Vaccination report Assam 1896-1927 - 1896-1927
Year: 1896
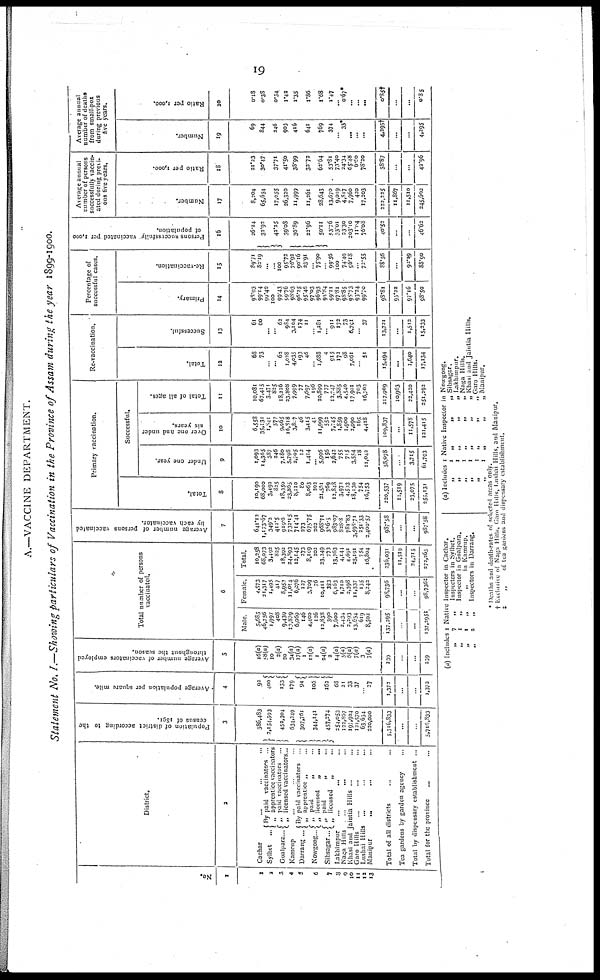
19
A.—VACCINE DEPARTMENT.
Statement No. I.—Showing particulars of Vaccination in the Province of Assam during the year 1899-1900.
No.
1
1
2
3
4 5
6
7
8
9
10
11 12
13
District.
2
Cachar ... ... ...
Sylhet ...
Goalpara ...
By paid vaccinators ..
„ apprentice vaccinators
„ paid vaccinators ...
„ licensed vaccinators...
Kamrup
...
Darrang ...
Nowgong .
Sibsagar...
By paid vaccinators ..
„ apprentice „ ..
„ paid
„ ..
„ licensed
„ ...
„ Paid
„ ...
„ licensed
„ ..
Lakhimpur
...
... ...
Naga Hills ... ... ...
Khasi and Jaintia Hills ... ...
Garo Hills ... ... ...
Lushai Hills ... ... ...
Manipur
... ... ...
Total of all districts ... ...
Tea gardens By garden agency ...
Total by dispensary establishment ...
Total for the province ... ...
Population of district according to the
census of 1891.
3
386,483
2,154,593
452,304
634,249
307,761
344,141
457,274
254,053
122,807
197,904
121,570
63,634
220,000
5,716,833
...
...
5,716,833
Average population per square mile.
4
92
400
153
179
94
106
162
68
21
33
37
... 27
1,372
...
...
1,372
Average number of vaccinators employed
throughout the season.
5
16(a)
58(a)
10
2(a)
20
34(a)
17(a)
1
12(a)
1
24(a)
2
14(a)
5(a)
6(a)
7(a)
3
7(a)
239
...
...
239
Total number of persons
vaccinated.
6
Male.
5,685
46,756
1,997
408
9,439
10,879
6,060
146
4,400
126
12,838
390
7,600
2,431
2,293
13,654
619
8,502
137,295
...
...
137,295‡
Female.
4,573
21,317
1,495
417
8,953
11,014
6,676
127
3,709
76
10,411
383
6,163
1,710
2,398
11,537
135
8,242
98,736
...
...
98,736‡
Total.
10,258
68,073
3,492
825
18,392
24,893
12,145
273
8,109
202
23,249
773
13,763
4,144
4,691
25,191
754
16,804
236,031
11,519
24,715
272,265
Average number of persons vaccinated
by each vaccinator.
7
641.12
1,173.67
349.2
412.5
919.6
732.15
714.41
273
675.75
202
968.71
386.5
983.07
828.8
781.83
3,598.71
251.33
2,400.57
987.58
...
...
987.58
Primary vaccination.
Total.
8
10,190
68,000
3,493
825
18,350
23,865
8,110
80
8,063
202
21,561
769
12,848
3,972
4,593
18,130
754
16,753
220,537
11,519
23,075
255,131
Successful.
Under one year.
9
1,093
14,365
387
246
7,180
5,798
2,705
12
1,414
... 5,996
156
2,642
755
715
3,554
18
11,042
58,078
...
3,715
61,793
Over one and under
six years.
10
6,558
35,131
1,841
577
9,965
16,818
3,807
46
3,415
41
11,999
552
7,745
1,859
1,900
2,990
165
4,428
109,837
...
11,578
121,415
Total of all ages.
11
10,081
67,415
3,471
825
18,226
23,808
7,999
77
7,697
196
20,899
737
12,247
3,885
4,540
17,901
703
16,702
217,909
10,963
22,420
251,292
Re-vaccination.
Total.
12
68
73
... ... 62
1,028
4,035
193
46
... 1,688
4
915
172
98
7,061
... 51
15,494
...
1,640
17,134
Successful.
13
61
60
...
... 62
984
3,104
174
11
... 1,281
... 911
172
73
6,791
... 37
13,721
...
1,512
15,233
Percentage of
successful cases.
Primary.
14
98.03
99.14
99.40
100
99.43
99.76
98.63
96.25
95.46
97.03
96.93
95.84
99.21
97.81
98.85
98.73
93.24
99.70
98.81
95.22
97.16
98.50
Re-vaccination.
15
89.71
82.19
...
...
100
95.72
76.92
90.16
23.91
... 75.90
... 99.56
100
74.49
96.18
... 72.55
88.56
...
92.19
88.90
Persons successfully vaccinated per 1,000
of population.
16
26.24
32.92
42.25
39.08
36.89
22.96
50.11
53.76
33.01
23.30
203.10
11.04
76.08
40.52
...
...
46.62
Average annual
number of persons
successfully vaccin-
ated during previ¬
ous five years.
Number.
17
8,204
65,654
17,055
26,320
11,999
11,261
28,643
13,670
9,019
4,817
7,960
420
17,203
222,225
11,867
11,510
245,602
Ratio per 1,000.
18
21.23
30.47
37.71
41.50
38.99
32.72
62.64
53.81
73.40
24.34
65.48
6.60
78.20
38.87
...
...
42.96
Average annual
number of deaths
from small-pox
during previous
five years.
Number.
19
69
844
246
903
416
641
769
374
...
33*
...
...
...
4,295†
...
...
4,295
Ratio per 1,000.
20
0.18
0.38
0.54
1.42
1.35
1.86
1.68
1.47
...
0.67*
...
... ...
0.85†
...
...
0.85
(a) Includes 1 Native Inspector in Cachar.
„
7
„
Inspectors in Sylhet.
„
1
„
Inspector in Goalpara.
„
1
„
„
in Kamrup.
„
2
„
Inspectors in Darrang.
(a) Includes 1 Native Inspector in Nowgong.
„
1 „
„
„
Sibsagar.
„
1
„
„
„
Lakhimpur.
„
1 „
„
„ Naga Hills.
„
1 „
„
„ Khasi and Jaintia Hills.
„
1 „
„
„ Garo Hills.
„
1 „
„
„
Manipur.
* Deaths and death-rates of selected areas only.
† Exclusive of Naga Hills, Garo Hills, Lushai Hills, and Manipur.
‡
„
of tea gardens and dispensary establishment.